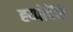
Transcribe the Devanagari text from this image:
ह्य्पोदेंसे